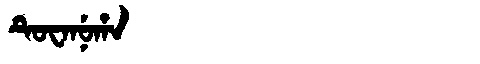
Manchu: ᡨᡠᠸᠠᠨᡠᡥᠠ
Romanization: TUWANUHA